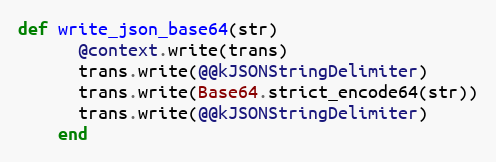
Language: Ruby
def write_json_base64(str)
      @context.write(trans)
      trans.write(@@kJSONStringDelimiter)
      trans.write(Base64.strict_encode64(str))
      trans.write(@@kJSONStringDelimiter)
    end